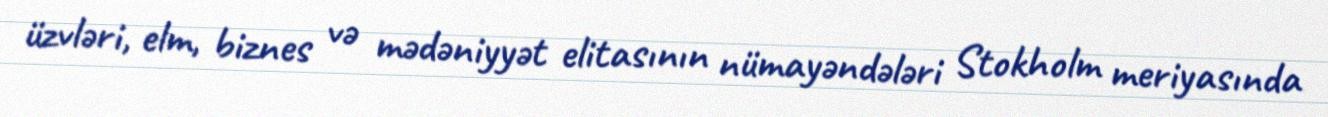
üzvləri, elm, biznes və mədəniyyət elitasının nümayəndələri Stokholm meriyasında